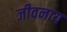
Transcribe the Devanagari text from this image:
जीवनाय